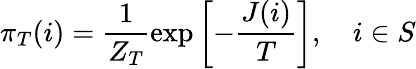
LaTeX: \pi_{T}(i)=\frac{1}{Z_{T}}\exp\left[-\frac{J(i)}{T}\right],\quad i\in S